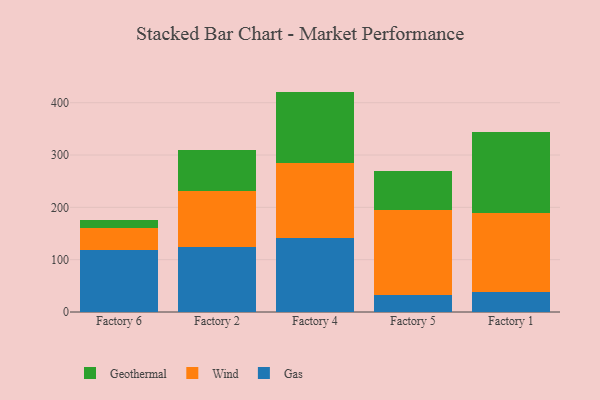
{"axis": {"x": "Factory", "y": "Backlog"}, "legend": ["Gas", "Geothermal", "Wind"], "data": [{"x": "Factory 6", "y": 118.3, "type": "Gas"}, {"x": "Factory 6", "y": 42.8, "type": "Wind"}, {"x": "Factory 6", "y": 14.2, "type": "Geothermal"}, {"x": "Factory 2", "y": 123.3, "type": "Gas"}, {"x": "Factory 2", "y": 108.9, "type": "Wind"}, {"x": "Factory 2", "y": 78.0, "type": "Geothermal"}, {"x": "Factory 4", "y": 142.1, "type": "Gas"}, {"x": "Factory 4", "y": 143.2, "type": "Wind"}, {"x": "Factory 4", "y": 135.9, "type": "Geothermal"}, {"x": "Factory 5", "y": 32.1, "type": "Gas"}, {"x": "Factory 5", "y": 162.6, "type": "Wind"}, {"x": "Factory 5", "y": 74.7, "type": "Geothermal"}, {"x": "Factory 1", "y": 37.7, "type": "Gas"}, {"x": "Factory 1", "y": 151.0, "type": "Wind"}, {"x": "Factory 1", "y": 155.8, "type": "Geothermal"}]}